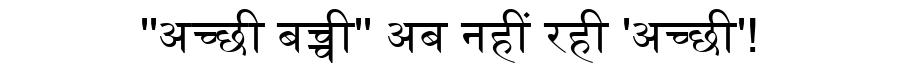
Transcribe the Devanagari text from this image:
''अच्छी बच्ची'' अब नहीं रही 'अच्छी'!